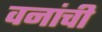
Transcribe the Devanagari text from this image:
वनांची